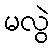
မလွဲ